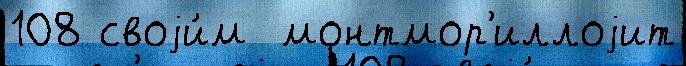
108 своjи́м  монтмор'иллоjит